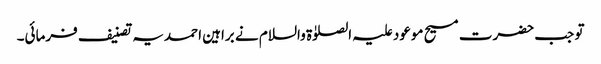
تو جب حضرت مسیح موعود علیہ الصلوٰۃ والسلام نے براہین احمدیہ تصنیف فرمائی۔